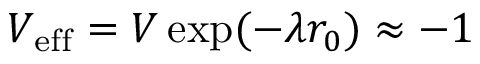
V _ { \mathrm { e f f } } = V \exp ( - \lambda r _ { 0 } ) \approx - 1